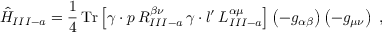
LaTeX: \hat { H } _ { I I I - a } = \frac { 1 } { 4 } \, \mathrm { T r } \left[ \gamma \cdot p \, R _ { I I I - a } ^ { \beta \nu } \, \gamma \cdot l ^ { \prime } \, L _ { I I I - a } ^ { \alpha \mu } \right] \left( - g _ { \alpha \beta } \right) \left( - g _ { \mu \nu } \right) \ ,